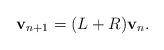
LaTeX: \begin{align*} {\bf v}_{n + 1} = (L + R) {\bf v}_{n }.\end{align*}